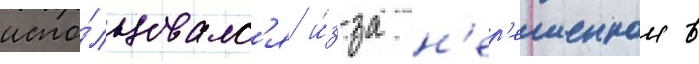
испо́льзовалс'я и́з-за н'ер'ешеннои в